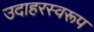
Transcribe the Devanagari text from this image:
उदाहरस्वरूप